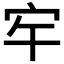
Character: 𭓠